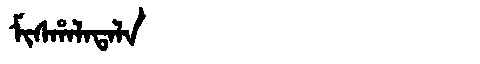
Manchu: ᠮᡳᠰᡥᠠᠯᠠᡨᠠᠯᠠ
Romanization: MISHALATALA